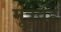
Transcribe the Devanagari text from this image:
मूत्रवह